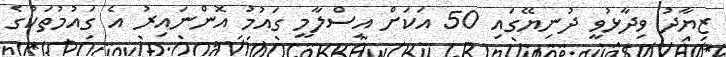
ޒިޔާދު ވިދާޅުވީ ދުނިޔޭގައި 50 އަކަށް އިސްލާމީ ގައުމު އޮންނައިރު އެ ގައުމުތަކުގެ